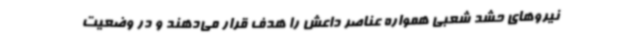
نیروهای حشد شعبی همواره عناصر داعش را هدف قرار می‌دهند و در وضعیت